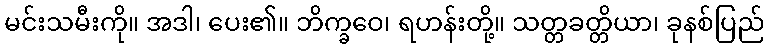
မင်းသမီးကို။ အဒါ၊ ပေး၏။ ဘိက္ခဝေ၊ ရဟန်းတို့။ သတ္တခတ္တိယာ၊ ခုနစ်ပြည်